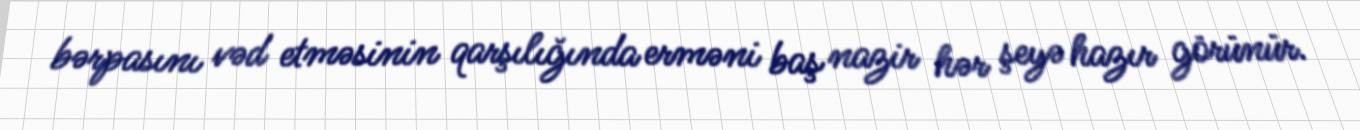
bərpasını vəd etməsinin qarşılığında erməni baş nazir hər şeyə hazır görünür.